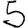
Digit: 5